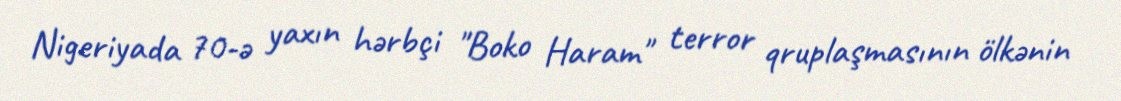
Nigeriyada 70-ə yaxın hərbçi "Boko Haram" terror qruplaşmasının ölkənin